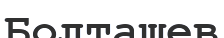
Болташев